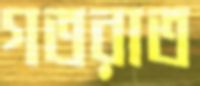
গতরাত